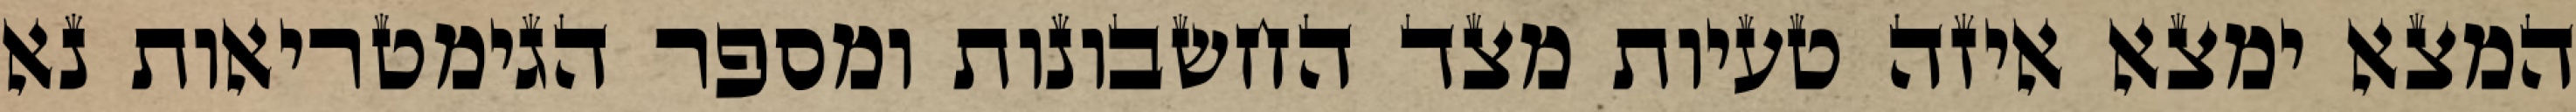
המצא ימצא איזה טעיות מצד החשבונות ומספר הגימטריאות נא